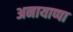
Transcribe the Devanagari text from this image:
अनायाप्पा